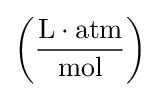
\left({\frac {{\text{L}}\cdot {\text{atm}}}{\text{mol}}}\right)